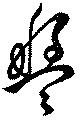
盤